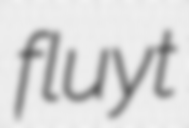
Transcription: fluyt